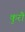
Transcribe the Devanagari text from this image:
कुरौ